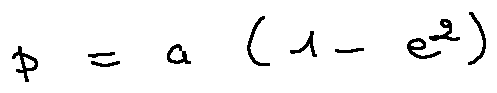
p = a ( 1 - e ^ { 2 } )